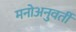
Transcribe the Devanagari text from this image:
मनोअनुवर्ती